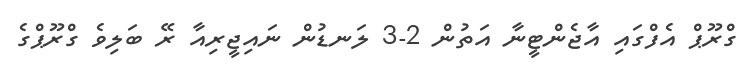
ގްރޫޕް އެފްގައި އާޖެންޓީނާ އަތުން 2-3 ލަނޑުން ނައިޖީރިއާ ރޭ ބަލިވެ ގްރޫޕްގެ